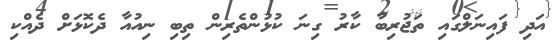
އަދި ފައިނަލްގައި ތަޖުރިބާ ކާރު ގިނަ ކުޅުންތެރިން ތިބި ނިއުއާ ދެކޮޅަށް ދެއްކި